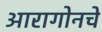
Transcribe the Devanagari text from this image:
आरागोनचे